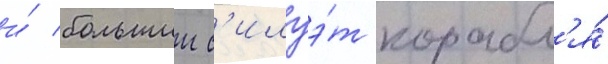
и́ большии с'илуэ́т корабл'я́